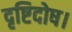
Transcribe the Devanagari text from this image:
दृष्टिदोष।